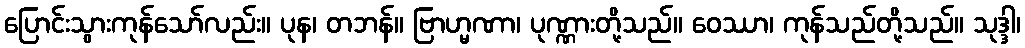
ပြောင်းသွားကုန်သော်လည်း။ ပုန၊ တဘန်။ ဗြာဟ္မဏာ၊ ပုဏ္ဏားတို့သည်။ ဝေဿာ၊ ကုန်သည်တို့သည်။ သုဒ္ဒါ၊